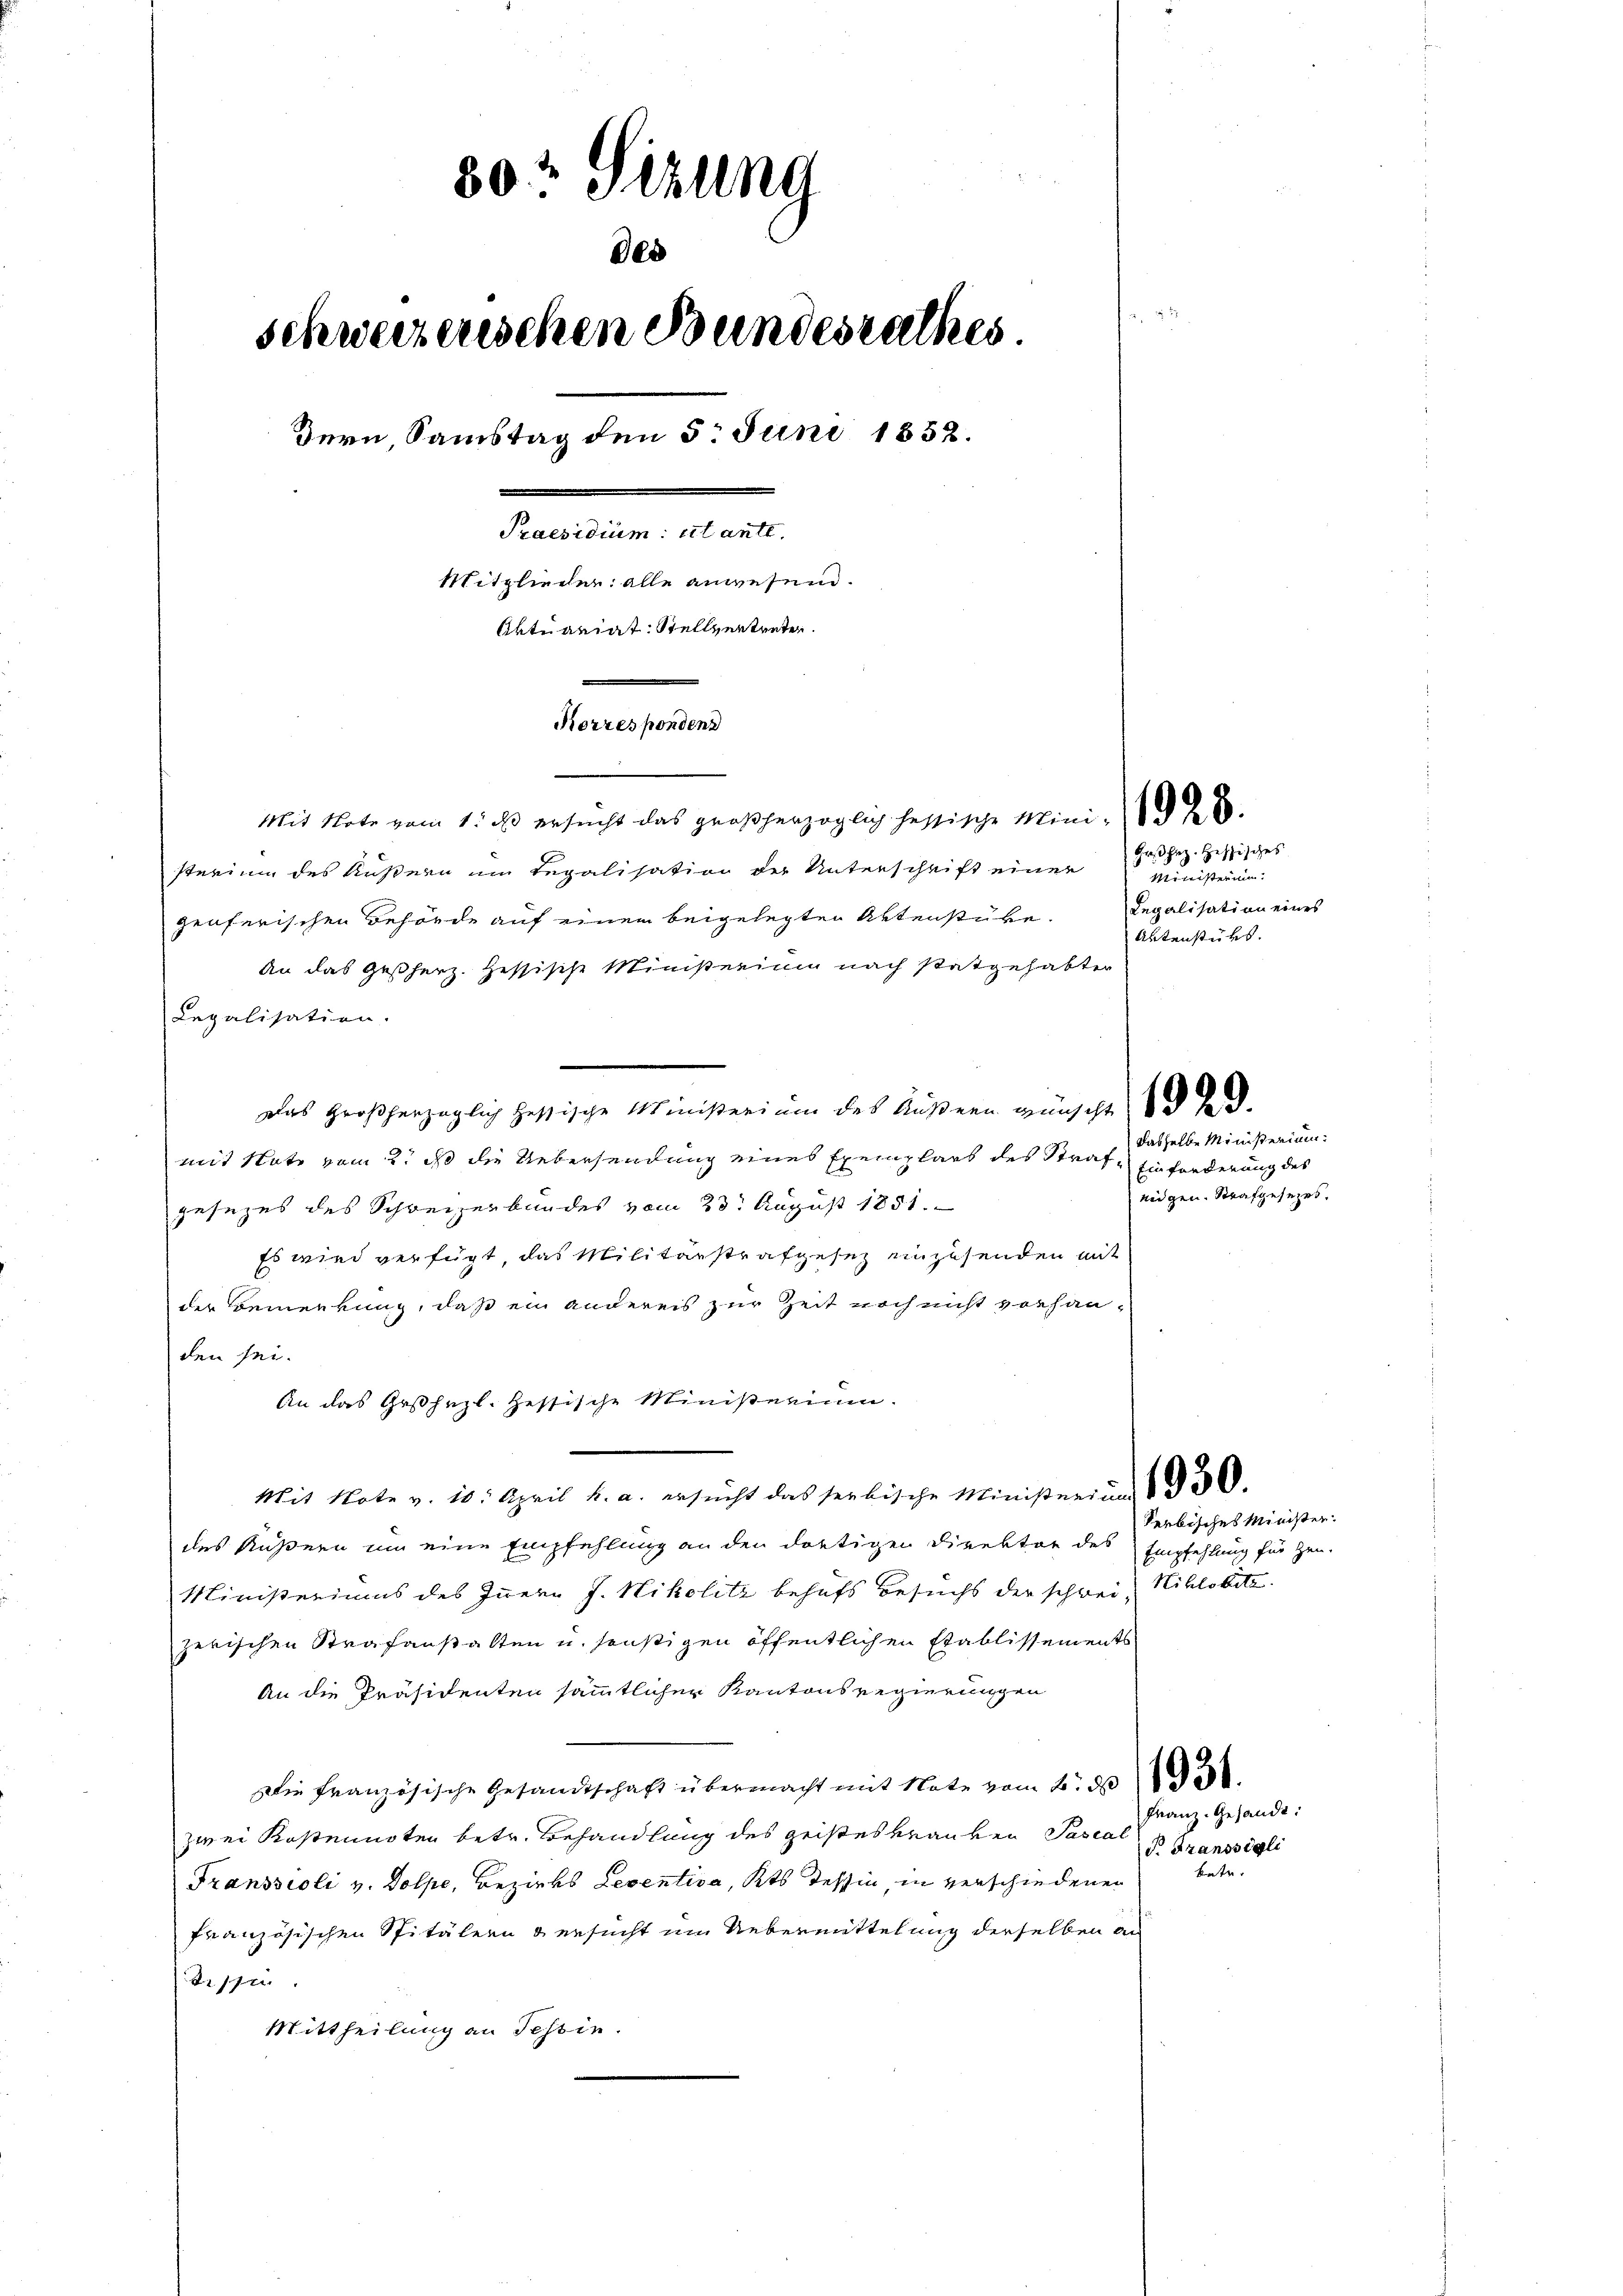
80: Sizung
des
schweizerischen Bundesrathes.
dern Samstag den 5t Juni 1852.
Praesidium: et antt.
Mitglieder alle anwesend.
Aktuariat. Stellvertreten.
Korresponden

Mit Note vom 1. ds ersucht das großherzoglich festische Mini- 8.

sterium des Äußern im Regalisation der Unterschrift einer
genferischen Behörde auf einem beigelegten Aktenstüke.
An das Gestherz. Hessische Ministerium nach statgehabter
Legalisation.
Das Großherzoglich hessische Ministerium des Außern wünscht d
mit Note vom 2. ds die Uebersendung eines Exemplars des Strafgesezes des Schweizerbundes vom 23t August 1851.
Es wird verfügt, das Militärstrafgesez unzusenden mit
der Bemerkung, daß ein andereis zur Zeit noch nicht vorhanden sei.
An das Gesezl. Zessische Ministerium.
Mit Note v. 10. April h. a. ersŭcht das serbische Ministerium 1930.
des Außern um eine Empfehlung an den dortigen Direktor des
Ministeriums des Innern J. Nikolitz behufs Besuchs der schwei, Niklobite.
zwischen Strafanstalten u. sonstigen öffentlichen Etablissements
An die Präsidenten sämmtlicher Kantonsregierungen
Die französische Gesandtschaft übermacht mit Note vom 6. d.
zwei Kostennoten betr. Behandlung des geisteskranken Pasial
Transseoli v. Dolpe, Bezirks Leventiva, Kts Tessin, in verschiedenen
französischen Spitälern & ersucht im Uebermittelung derselben an
tissen.
Mittheilung an Tessin.

Grhez. Hessisches
Ministerun
Legalisation eines
Aktenstüks.

dasselbe Ministerium.
Einforderung des
eidgen. Strafgesezes.

Empfehlung für Heu-

Serbisches Minister.

Franz. Gesandt:
d. Fransigli
kete.